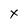
Character: X